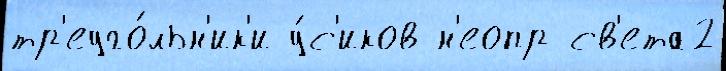
тр'еуго́льн'ик'и у́с'иков н'еопр св'ета2